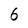
Character: 6